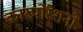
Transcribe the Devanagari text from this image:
कारपोरेशनों